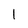
Character: l